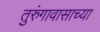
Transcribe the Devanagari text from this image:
तुरुंगावासाच्या